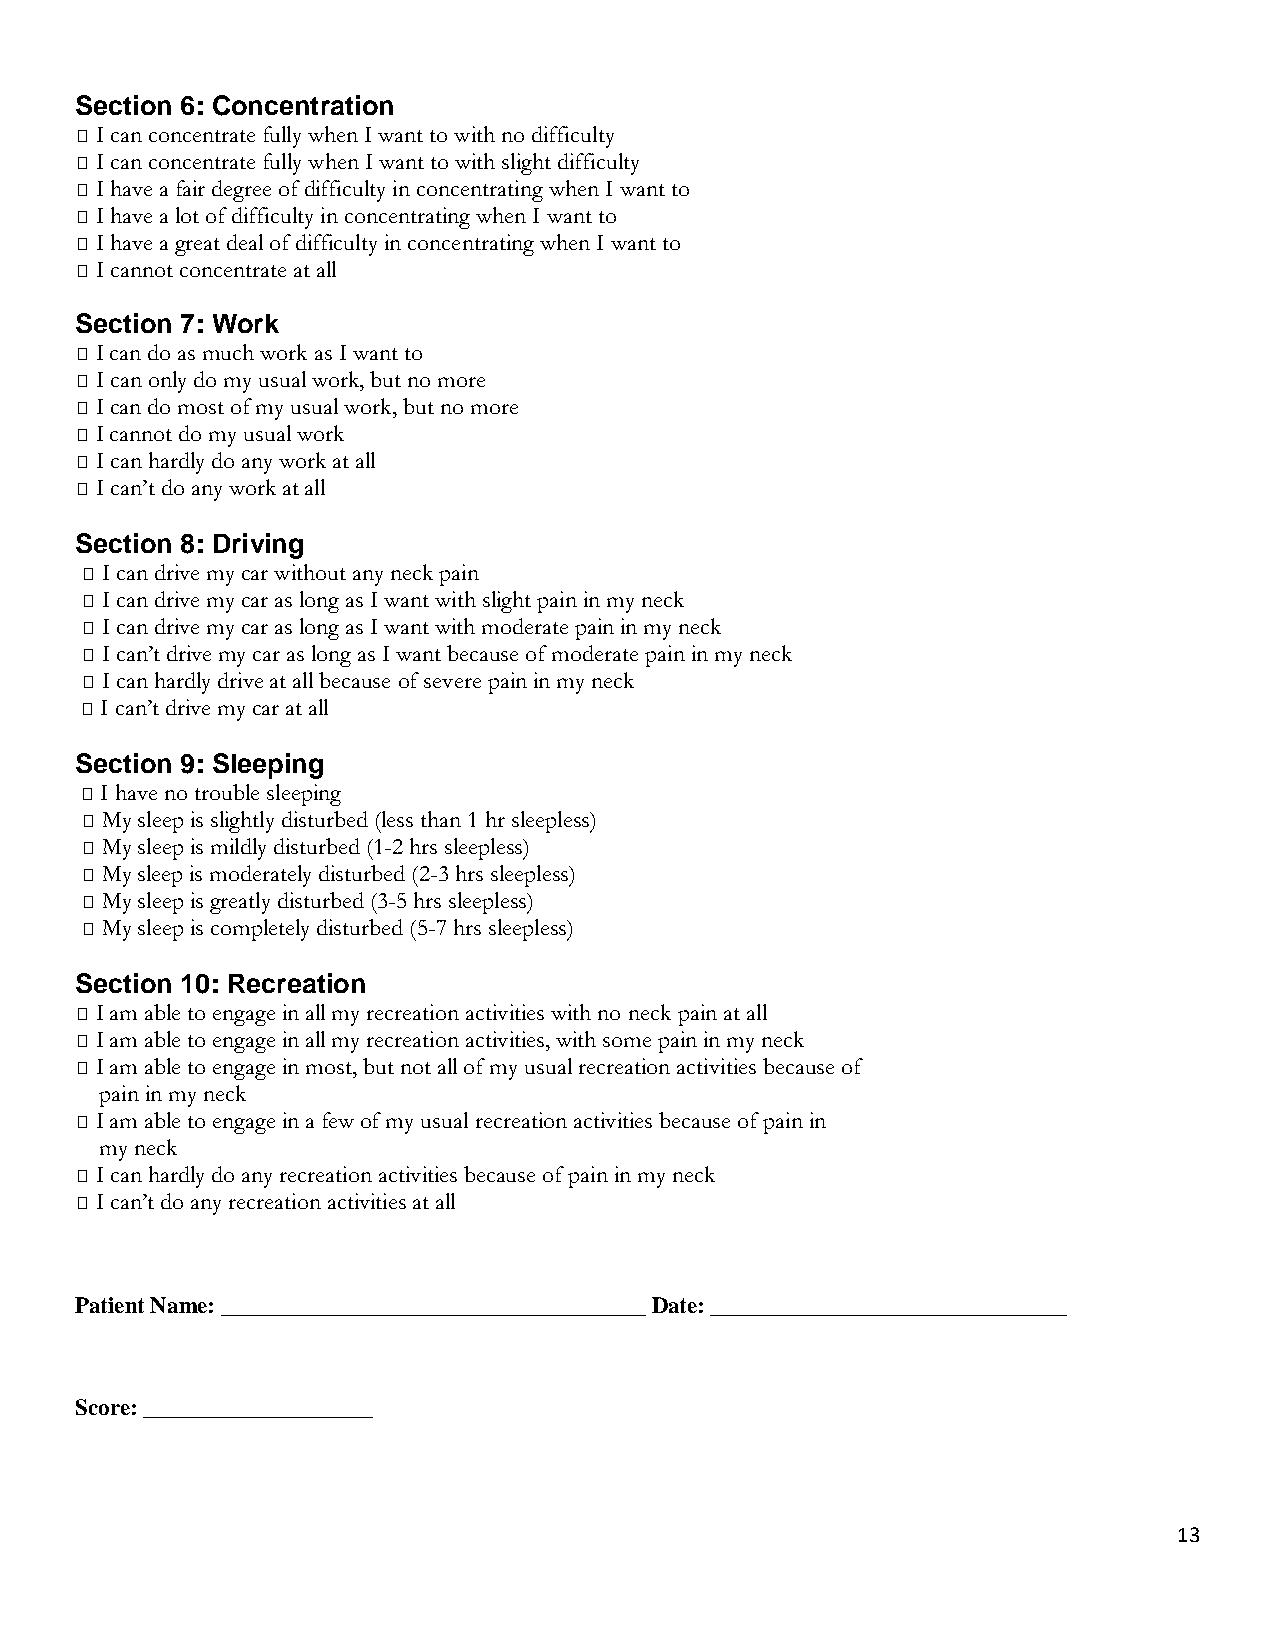
Section 6: Concentration
 􀁖 I can concentrate fully when I want to with no difficulty
 􀁖 I can concentrate fully when I want to with slight difficulty
 􀁖 I have a fair degree of difficulty in concentrating when I want to
 􀁖 I have a lot of difficulty in concentrating when I want to
 􀁖 I have a great deal of difficulty in concentrating when I want to
 􀁖 I cannot concentrate at all
 Section 7: Work
 􀁖 I can do as much work as I want to
 􀁖 I can only do my usual work, but no more
 􀁖 I can do most of my usual work, but no more
 􀁖 I cannot do my usual work
 􀁖 I can hardly do any work at all
 􀁖 I can’t do any work at all
 Section 8: Driving
 􀁖 I can drive my car without any neck pain
 􀁖 I can drive my car as long as I want with slight pain in my neck
 􀁖 I can drive my car as long as I want with moderate pain in my neck
 􀁖 I can’t drive my car as long as I want because of moderate pain in my neck
 􀁖 I can hardly drive at all because of severe pain in my neck
 􀁖 I can’t drive my car at all
 Section 9: Sleeping
 􀁖 I have no trouble sleeping
 􀁖 My sleep is slightly disturbed (less than 1 hr sleepless)
 􀁖 My sleep is mildly disturbed (1-2 hrs sleepless)
 􀁖 My sleep is moderately disturbed (2-3 hrs sleepless)
 􀁖 My sleep is greatly disturbed (3-5 hrs sleepless)
 􀁖 My sleep is completely disturbed (5-7 hrs sleepless)
 Section 10: Recreation
 􀁖 I am able to engage in all my recreation activities with no neck pain at all
 􀁖 I am able to engage in all my recreation activities, with some pain in my neck
 􀁖 I am able to engage in most, but not all of my usual recreation activities because of
 pain in my neck
 􀁖 I am able to engage in a few of my usual recreation activities because of pain in
 my neck
 􀁖 I can hardly do any recreation activities because of pain in my neck
 􀁖 I can’t do any recreation activities at all
 Patient Name: _____________________________________ Date: _______________________________
 Score: ____________________
 13